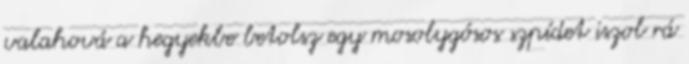
valahová a hegyekbe betolsz egy mosolygósos szpídet iszol rá